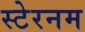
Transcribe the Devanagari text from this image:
स्टेरनम